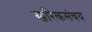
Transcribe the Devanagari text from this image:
खरिकसंचय